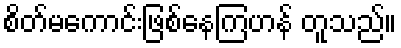
စိတ်မကောင်းဖြစ်နေကြဟန် တူသည်။